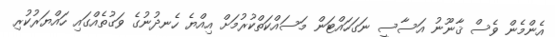
އެންމެން ވެސް ޤާނޫނު އަސާސީ ނަގަހައްޓަން މަސައްކަތްކުރުމަށް އިއްޔެ ހެނދުނުގެ ވަގުތެއްގައި ހައްޔަރުކުރި